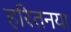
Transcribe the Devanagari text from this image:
हरितनया